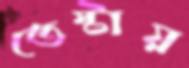
তেষ্টায়